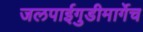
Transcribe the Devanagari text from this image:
जलपाईगुडीमार्गेच